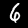
Label: 6